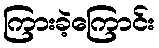
ကြားခဲ့ကြောင်း